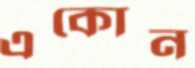
একোন